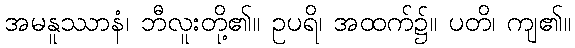
အမနူဿာနံ၊ ဘီလူးတို့၏။ ဥပရိ၊ အထက်၌။ ပတိ၊ ကျ၏။